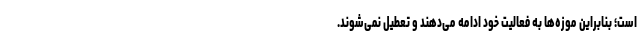
است؛ بنابراین موزه‌ها به فعالیت خود ادامه می‌دهند و تعطیل نمی‌شوند.